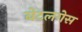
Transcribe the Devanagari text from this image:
बेटलगेस